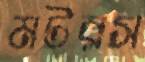
মটরস